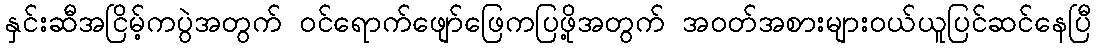
နှင်းဆီအငြိမ့်ကပွဲအတွက် ဝင်ရောက်ဖျော်ဖြေကပြဖို့အတွက် အဝတ်အစားများဝယ်ယူပြင်ဆင်နေပြီ